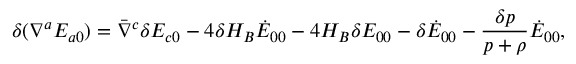
\delta ( \nabla ^ { a } E _ { a 0 } ) = \bar { \nabla } ^ { c } \delta E _ { c 0 } - 4 \delta H _ { B } \dot { E } _ { 0 0 } - 4 H _ { B } \delta E _ { 0 0 } - \delta \dot { E } _ { 0 0 } - \frac { \delta p } { p + \rho } \dot { E } _ { 0 0 } ,